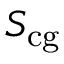
S _ { \mathrm { c g } }